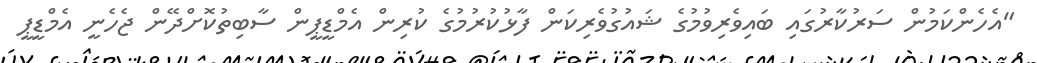
"އެހެންކަމުން ސަރުކާރުގައި ބައިވެރިވުމުގެ ޝައުގުވެރިކަން ފާޅުކުރުމުގެ ކުރިން އެމްޑީޕީން ސާބިތުކޮށްދޭން ޖެހެނީ އެމްޑީޕީ